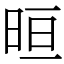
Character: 晅